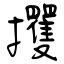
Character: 攫